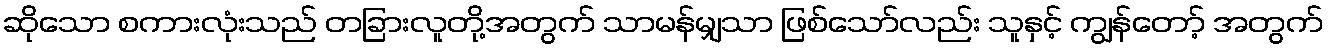
ဆိုသော စကားလုံးသည် တခြားလူတို့အတွက် သာမန်မျှသာ ဖြစ်သော်လည်း သူနှင့် ကျွန်တော့် အတွက်